Investigations into the jail dietaries of the United Provinces with some observations on the influence of dietary on the physical development and well-being of the people of the United Provinces - Number 48
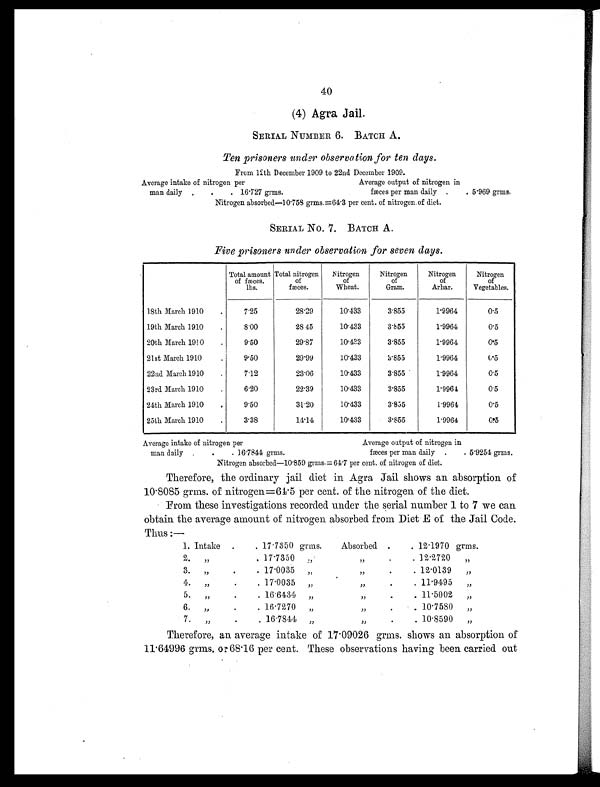
40
(4) Agra Jail.
SERIAL NUMBER 6. BATCH A.
Ten prisoners under observation for ten days.
From 12th December 1909 to 22nd December 1909.
Average intake of nitrogen per
Average output of nitrogen in
man daily
.
.
. 16 .727 grms.
fæces per man daily .
. 5.969 grms.
Nitrogen absorbed—10 .758 grms.=64 .3 per cent. of nitrogen of diet.
SERIAL No. 7. BATCH A.
Five prisoners under observation for seven days.
Total amount
of fæces.
lbs.
Total nitrogen
of
fæces.
Nitrogen
of
Wheat.
Nitrogen
of
Gram.
Nitrogen
of
Arhar.
Nitrogen
of
Vegetables.
18th March 1910
.
7.25
28.29
10.433
3.855
1.9964
0.5
19th March 1910
.
8.00
28.45
10.433
3.855
1.9964
0.5
20th March 1910
.
9.50
29.87
10.433
3.855
1.9964
0.5
21st March 1910
.
9.50
29.99
10.433
3.855
1.9964
0 . 5
22nd March 1910
.
7.12
23.06
10.433
3.855
1.9964
0.5
23rd March 1910
.
6.20
22.39
10.433
3.855
1.9964
0.5
24th March 1910
.
9.50
31.20
10.433
3.855
1.9964
0.5
25th March 1910
.
3.38
14.14
10.433
3.855
1.9964
0.5
Average intake of nitrogen per
Average output of nitrogen in
man daily .
.
. 16. 7844 grms.
fæces per man daily .
. 5.9254 grms.
Nitrogen absorbed—10 .859 grms.= 64. 7 per cent. of nitrogen of diet.
Therefore, the ordinary jail diet in Agra Jail shows an absorption of
10.8085 grms. of nitrogen=64.5 per cent. of the nitrogen of the diet.
From these investigations recorded under the serial number 1 to 7 we can
obtain the average amount of nitrogen absorbed from Diet E of the Jail Code.
Thus:—
1. Intake
.
. 17.7350 grms.
Absorbed .
. 12 . 1970 g r m s .
2.
„
.
17 . 7350 „
”
.
. 12 . 2720 „
3.
„
.
. 17 . 0035 „
„
.
. 12 . 0139 „
4.
„
.
. 17 . 0035
„
„
.
.
11 . 9495 „
5. „
.
. 16.6434
”
„
.
. 11 . 5002 „
6.
„
.
. 16 . 7270
„
„
.
.
10 . 7580 „
7. „
.
. 16 .7844 ”
„
.
. 10 . 8590 „
Therefore, an average intake of 17.09026 grms. shows an absorption of
11.64996 grms. or 68.16 per cent. These observations having been carried out